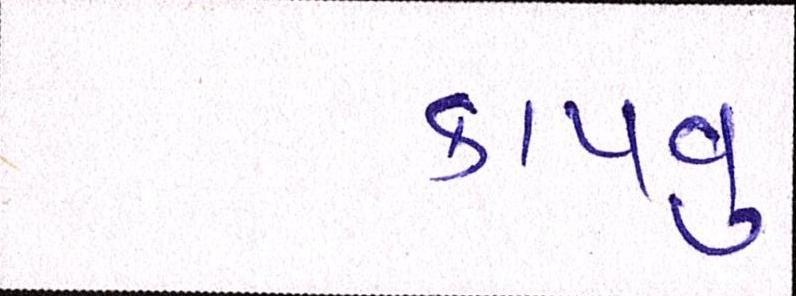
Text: કાપવુ